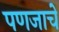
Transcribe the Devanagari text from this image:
पणजाचे